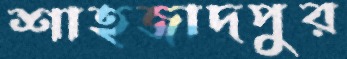
শাহজাদপুর